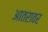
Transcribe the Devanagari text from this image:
आतरावर